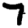
Digit: 7